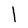
Character: l